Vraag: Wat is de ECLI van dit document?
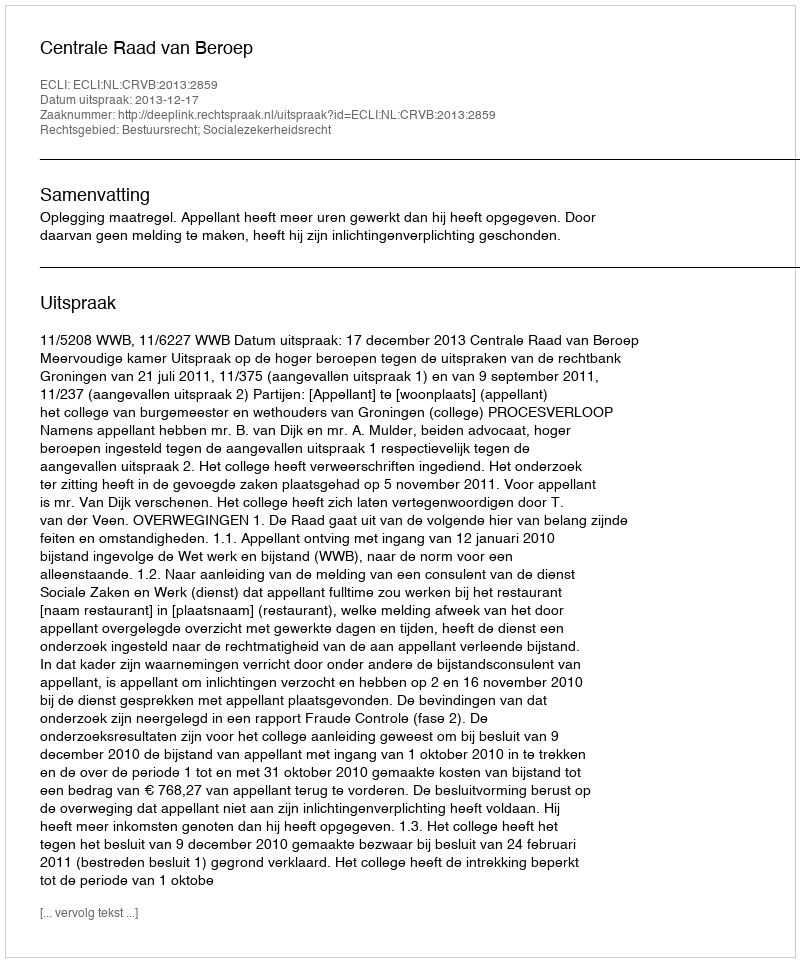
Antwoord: ECLI:NL:CRVB:2013:2859